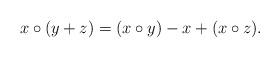
LaTeX: \begin{align*} x \circ(y+z) = (x \circ y) -x +(x \circ z).\end{align*}